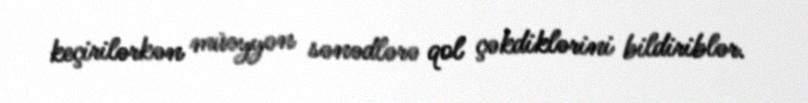
keçirilərkən müəyyən sənədlərə qol çəkdiklərini bildiriblər.